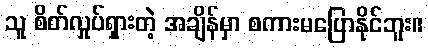
သူ စိတ်လှုပ်ရှားတဲ့ အချိန်မှာ စကားမပြောနိုင်ဘူး။